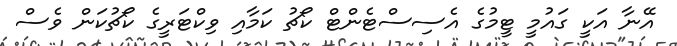
އޭނާ އަކީ ގައުމީ ޓީމުގެ އެސިސްޓެންޓް ކޯޗު ކަމާއި ވިކްޓަރީގެ ކޯޗުކަން ވެސް